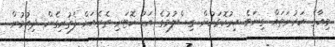
މިއާގެ ކަރުނަތައް ގިނަވެ އިރުކޮޅަކުން ގިސްލުމުގެ އަޑު ކޮޓަރި ތެރެއަށް ފެތުރިގެން ދިއުމުން